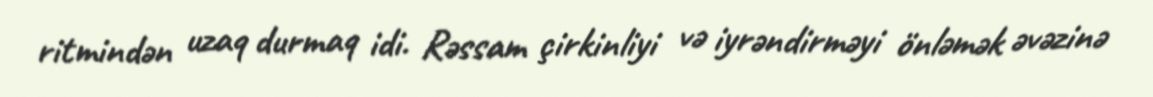
ritmindən uzaq durmaq idi. Rəssam çirkinliyi və iyrəndirməyi önləmək əvəzinə